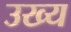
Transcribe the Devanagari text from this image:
उख्य